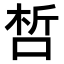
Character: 𠵍